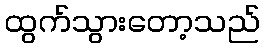
ထွက်သွားတော့သည်